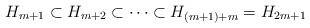
LaTeX: \begin{align*}H_{m+1}\subset H_{m+2}\subset \dots \subset H_{(m+1)+m}=H_{2m+1}\end{align*}